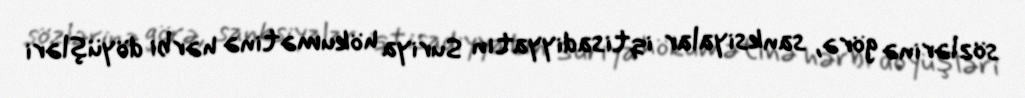
sözlərinə görə, sanksiyalar iqtisadiyyatın Suriya hökumətinə hərbi döyüşləri